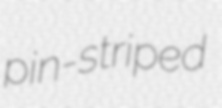
pin-striped